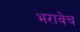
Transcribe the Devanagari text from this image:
भरावेच